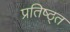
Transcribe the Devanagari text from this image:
प्रतिष्ठ्त